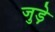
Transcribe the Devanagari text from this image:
जुड़े़